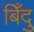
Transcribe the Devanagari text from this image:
बिँदु